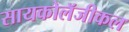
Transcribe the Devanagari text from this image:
सायकोलॅजीकल